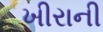
ખીરાની